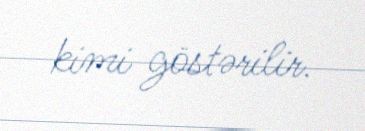
kimi göstərilir.